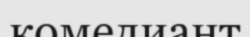
комедиант